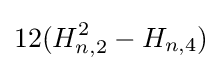
12(H_{n,2}^{2}-H_{n,4})